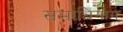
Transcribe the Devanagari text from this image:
समाधियोग